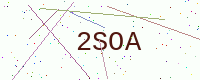
Text: 2SOA